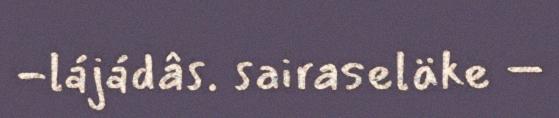
-lájádâs. sairaseläke –